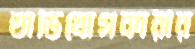
অভিযোগকারীর